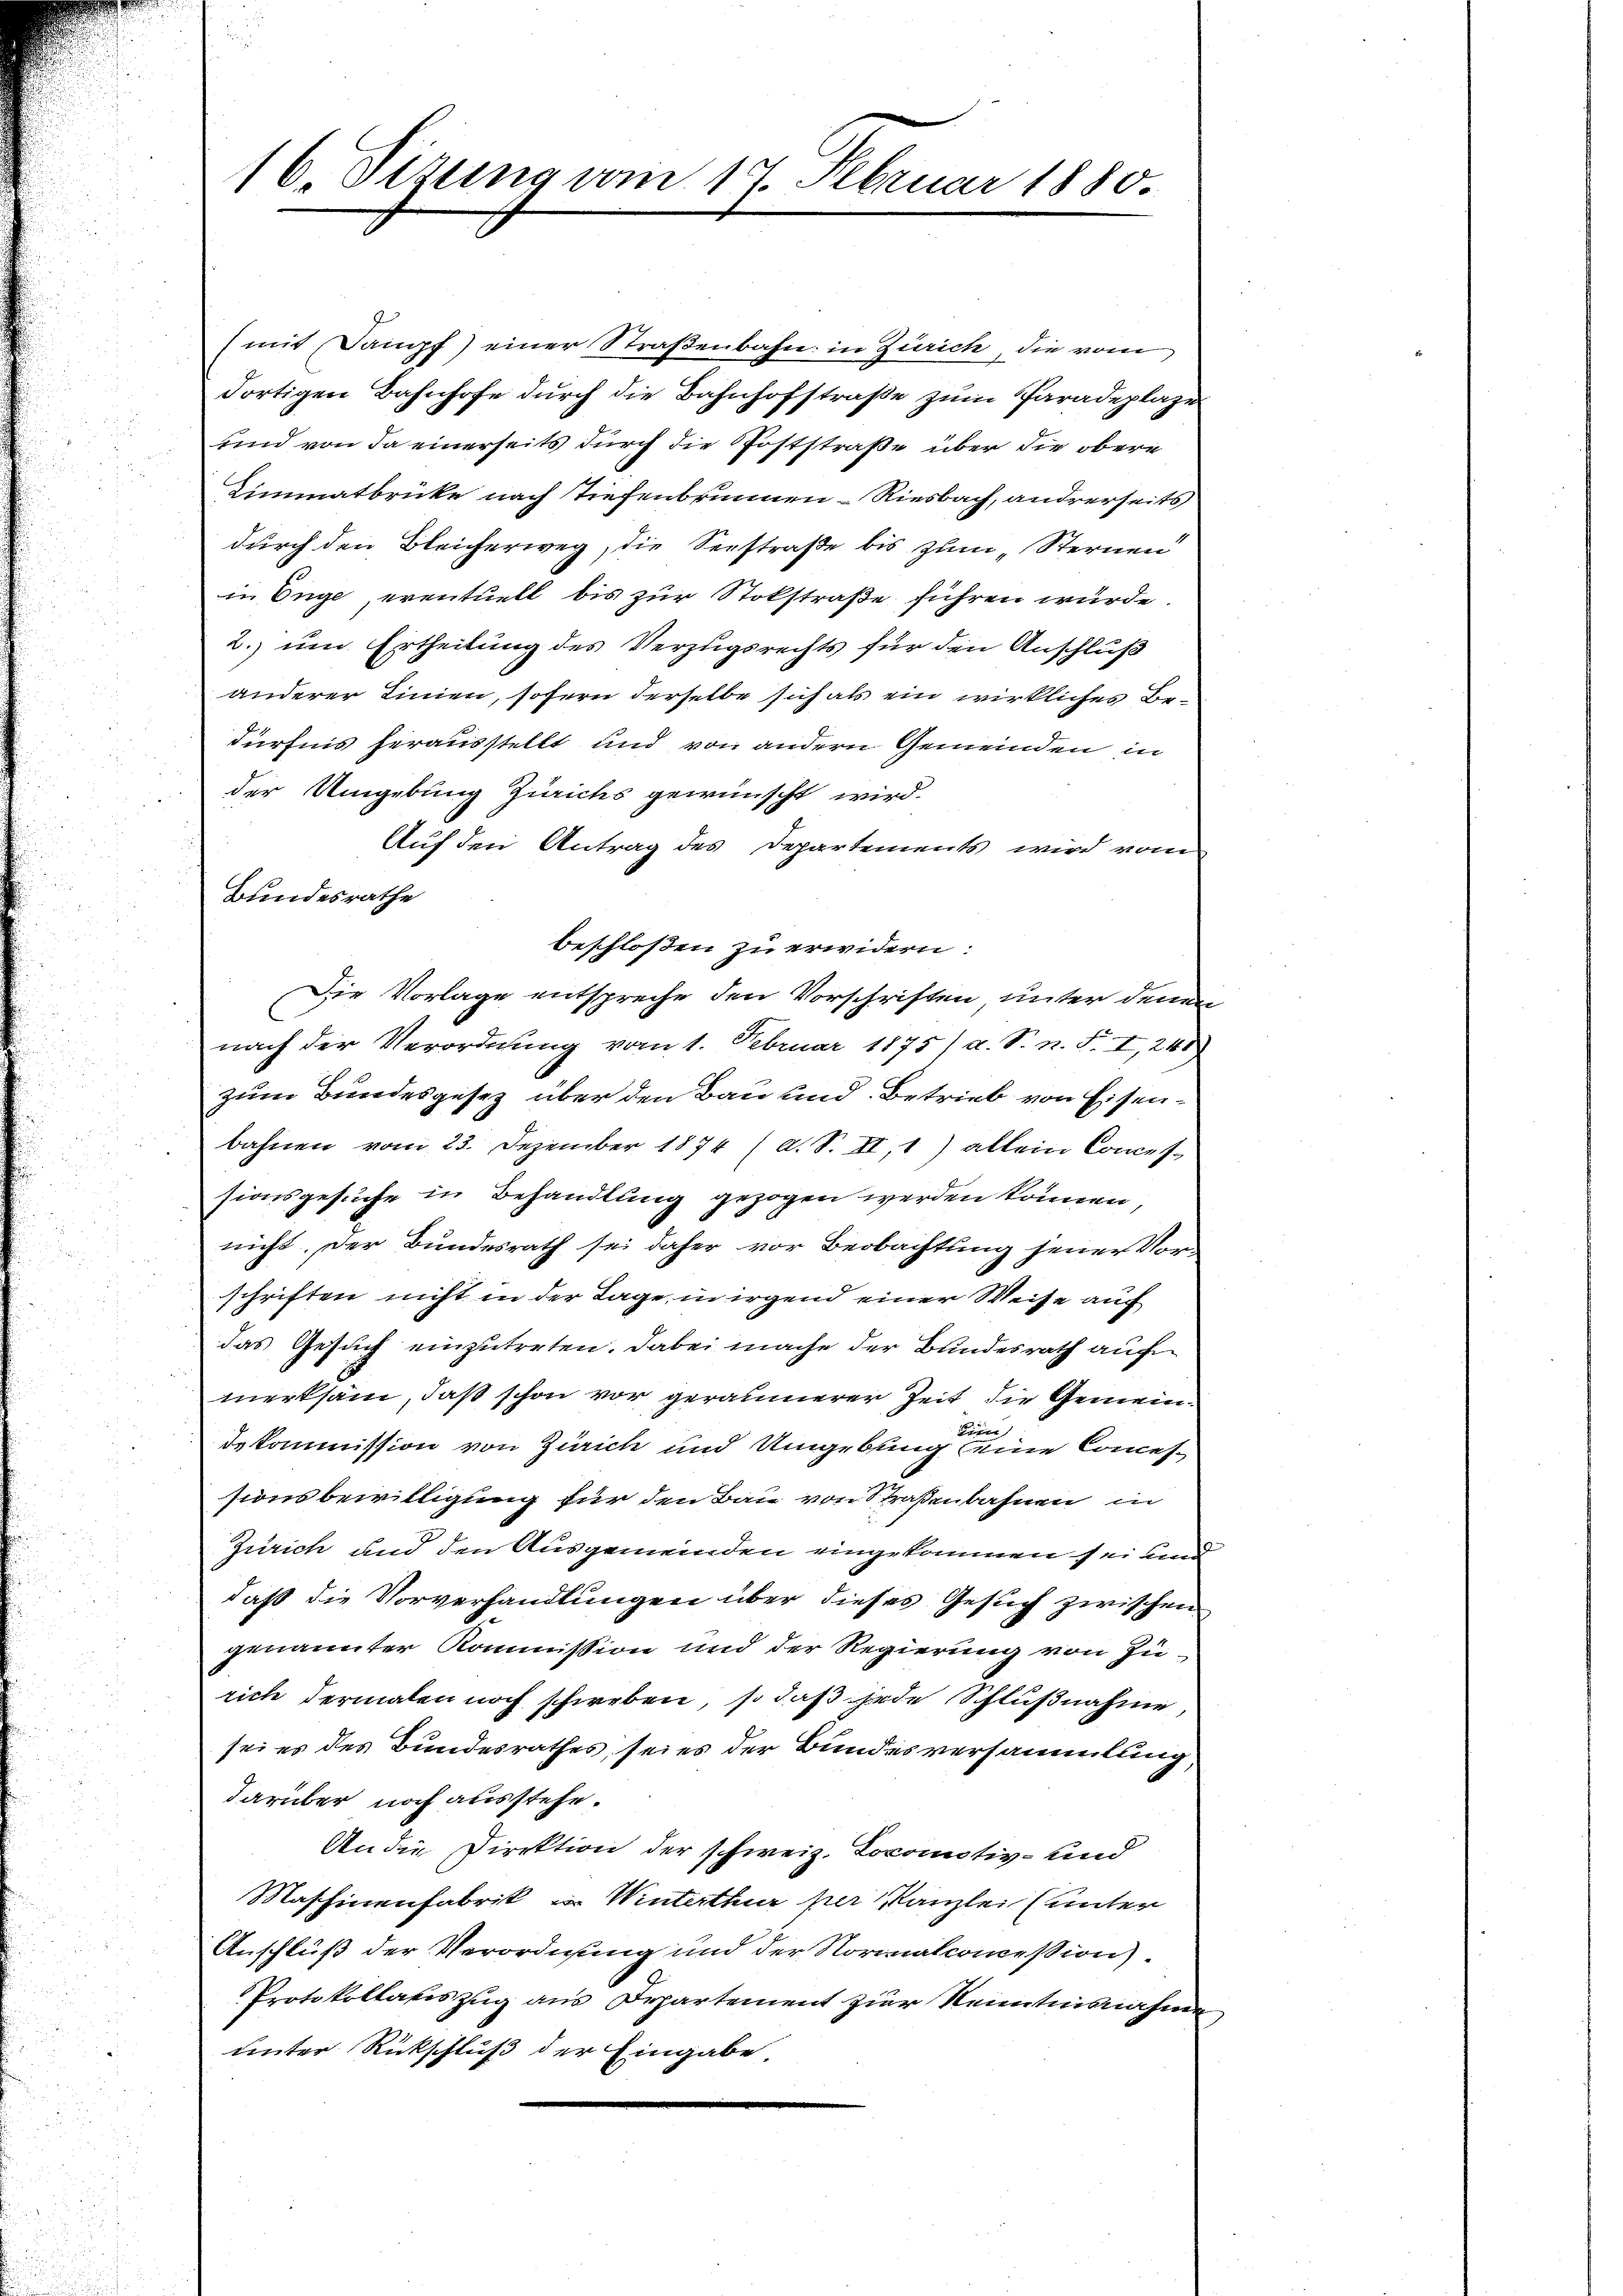
16. Sizung vom 17. Februar 1880.

(mit Dampf) einer Straßenbahn in Zürich, die vom
dortigen Bahnhofe durch die Bahnhofstraße zum Paradeplaze
und von da einerseits durch die Poststraße über die obere
Limmatbrücke nach Tiefenbrunnen-Riesbach, andrerseits
durch den Bleicherweg, die Seestraße bis zum „Sternen
in Enge, eventuell bis zur Stokstraße führen würde.
2. um Ertheilung des Verzugsrechts für den Anschluß
anderer Linien, sofern derselbe sich als ein wirkliches Bedürfnis herausstellt und von andern Gemeinden in
der Umgebung Zürichs gewünscht wird.
Auf den Antrag des Departements wird vom
Bundesrathe
beschloßen zu erwidern:
Die Vorlage entspreche den Vorschriften, unter denn
¬
nach der Verordnung vom 1. Februar 1875 / a. S. n. F. I, 241)
zum Bundesgesetz über den Bau und Betrieb von Eisenbahnen vom 23. Dezember 1874 (d. S. II,1) allein Conces.
sionsgesuche in Behandlung gezogen werden können,
nicht. Der Bundesrath sei daher vor Beobachtung jener Vorschriften nicht in der Tage, in irgend einer Weise auf
das Gesuch einzutreten. Dabei mache der Bundesrath auf
merksam, daß schon vor geräumerer Zeit die Gemeinde
dekommission von Zürich und Umgebung seine Comessionsbewilligung für den Bau von Straßenbahnen in
Zürich und den Ausgemeinden eingekommen sei und
daß die Vorverhandlungen über dieses Gesuch zwischen
genannter Kommission und der Regierung von Zürich dermalen noch schweben, so daß jede Schlußnahme,
sei es des Bundesrathes seies der Bundesversammlung,
darüber noch ausstehe.
An die Direktion der schweiz. Lokomotiv- und
Maschinenfabrik u. Winterthur per Kanzlei (unter
Anschluß der Verordnung und der Normalconcession
Protokollatiszug aus Departement zur Reimtnisnahmen
unter Rückschluß der Eingabe,